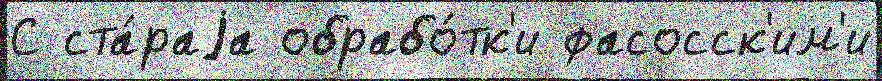
С ста́раjа обрабо́тк'и фасосск'им'и